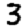
Digit: 3